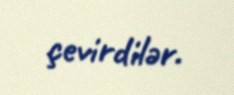
çevirdilər.